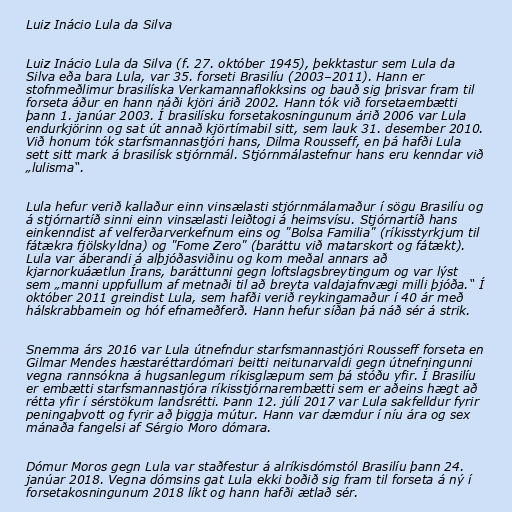
Luiz Inácio Lula da Silva

Luiz Inácio Lula da Silva (f. 27. október 1945), þekktastur sem Lula da
Silva eða bara Lula, var 35. forseti Brasilíu (2003–2011). Hann er
stofnmeðlimur brasilíska Verkamannaflokksins og bauð sig þrisvar fram til
forseta áður en hann náði kjöri árið 2002. Hann tók við forsetaembætti
þann 1. janúar 2003. Í brasilísku forsetakosningunum árið 2006 var Lula
endurkjörinn og sat út annað kjörtímabil sitt, sem lauk 31. desember 2010.
Við honum tók starfsmannastjóri hans, Dilma Rousseff, en þá hafði Lula
sett sitt mark á brasilísk stjórnmál. Stjórnmálastefnur hans eru kenndar við
„lulisma“.

Lula hefur verið kallaður einn vinsælasti stjórnmálamaður í sögu Brasilíu og
á stjórnartíð sinni einn vinsælasti leiðtogi á heimsvísu. Stjórnartíð hans
einkenndist af velferðarverkefnum eins og "Bolsa Familia" (ríkisstyrkjum til
fátækra fjölskyldna) og "Fome Zero" (baráttu við matarskort og fátækt).
Lula var áberandi á alþjóðasviðinu og kom meðal annars að
kjarnorkuáætlun Írans, baráttunni gegn loftslagsbreytingum og var lýst
sem „manni uppfullum af metnaði til að breyta valdajafnvægi milli þjóða.“ Í
október 2011 greindist Lula, sem hafði verið reykingamaður í 40 ár með
hálskrabbamein og hóf efnameðferð. Hann hefur síðan þá náð sér á strik.

Snemma árs 2016 var Lula útnefndur starfsmannastjóri Rousseff forseta en
Gilmar Mendes hæstaréttardómari beitti neitunarvaldi gegn útnefningunni
vegna rannsókna á hugsanlegum ríkisglæpum sem þá stóðu yfir. Í Brasilíu
er embætti starfsmannastjóra ríkisstjórnarembætti sem er aðeins hægt að
rétta yfir í sérstökum landsrétti. Þann 12. júlí 2017 var Lula sakfelldur fyrir
peningaþvott og fyrir að þiggja mútur. Hann var dæmdur í níu ára og sex
mánaða fangelsi af Sérgio Moro dómara.

Dómur Moros gegn Lula var staðfestur á alríkisdómstól Brasilíu þann 24.
janúar 2018. Vegna dómsins gat Lula ekki boðið sig fram til forseta á ný í
forsetakosningunum 2018 líkt og hann hafði ætlað sér.